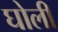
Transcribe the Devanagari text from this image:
घोली